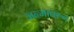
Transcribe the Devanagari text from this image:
जन्मावरुन